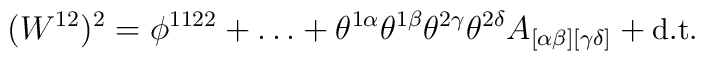
(W^{12})^2 = \phi^{1122} + \ldots + \theta^{1\alpha}\theta^{1\beta}\theta^{2\gamma}\theta^{2\delta} A_{[\alpha\beta][\gamma\delta]} + \mbox{\small d.t.}